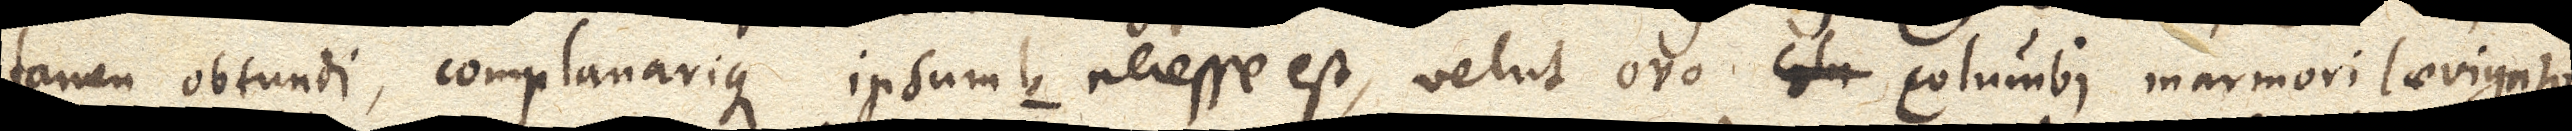
tamen obtundi, complanarique ipsum b necesse est, velut ovo colu Columbi marmori laevigato